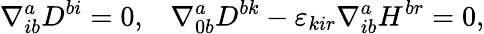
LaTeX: \nabla_{ib}^{a}D^{bi}=0,\; \; \; \nabla_{0b}^{a}D^{bk}-\varepsilon_{kir}\nabla_{ib}^{a}H^{br}=0,